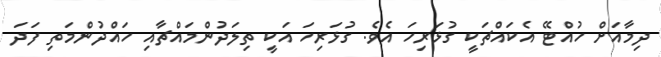
ދިމާއަށް ހުއްޓޭ އެކައްޗަކީ ގުޅަރިހަ އެވެ. ގުޅަރިހަ އަކީ ތިލަދުންމައްޗާއި ހައްދުންމަތި ފަދަ